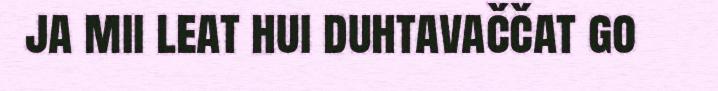
ja mii leat hui duhtavaččat go